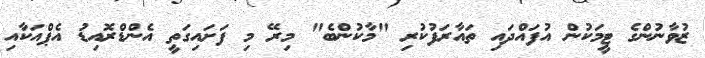
ޒުވާނުންގެ ޓީމަކުން އުފައްދައި ތައާރަފުކުރި "މާކުންބެ" މިރޭ މި ފަށައިގަތީ އެންޑްރޮއިޑު އެޕްއަކާއި